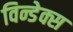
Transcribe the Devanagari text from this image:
विन्डेक्स